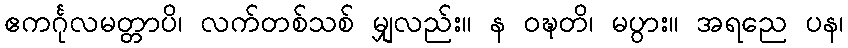
ဧကင်္ဂုလမတ္တာပိ၊ လက်တစ်သစ် မျှလည်း။ န ဝဍ္ဎတိ၊ မပွား။ အရညေ ပန၊